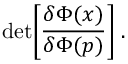
\mathrm { d e t } \Bigg [ { \frac { \delta \Phi ( x ) } { \delta \Phi ( p ) } } \Bigg ] \; .